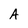
Character: A